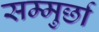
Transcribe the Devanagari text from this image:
सम्मुर्छा